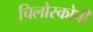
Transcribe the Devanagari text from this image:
चिलोस्कोपी